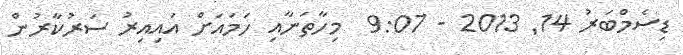
ޑިސެމްބަރު 14